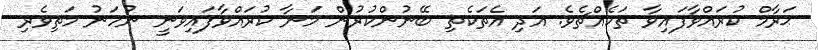
ޙަރާމް ކުރައްވާފައިވާ ތަކެއްޗެވެ. އަދި އެތަކެތި ބޭނުންކުރުން މަނާ ކުރައްވާފައިވަނީ ނުހަނު މަތިވެރި